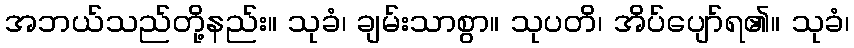
အဘယ်သည်တို့နည်း။ သုခံ၊ ချမ်းသာစွာ။ သုပတိ၊ အိပ်ပျော်ရ၏။ သုခံ၊